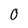
Character: 0